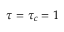
\tau = \tau _ { c } = 1